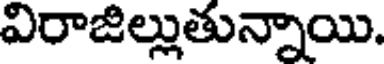
విరాజిల్లుతున్నాయి.